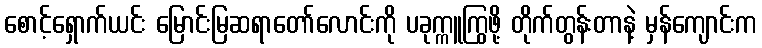
စောင့်ရှောက်ယင်း မြောင်းမြဆရာတော်လောင်းကို ပခုက္ကူကြွဖို့ တိုက်တွန်းတာနဲ့ မှန်ကျောင်းက